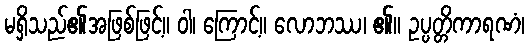
မရှိသည်၏အဖြစ်ဖြင့်။ ဝါ၊ ကြောင့်။ လောဘဿ၊ ၏။ ဥပ္ပတ္တိကာရဏံ၊